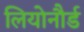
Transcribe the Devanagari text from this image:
लियोनौर्ड